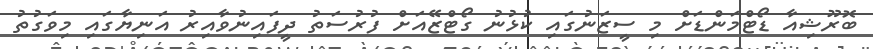
ބޮރޫޝިއާ ޑޯޓްމަންޑަށް މި ސީޒަނުގައި ކުޅުނު ގޯޓްޒޭއަށް ފުރުސަތު ދީފައިނުވާއިރު އަނިޔާގައި މިވަގުތު